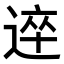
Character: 𨔊